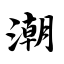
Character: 潮